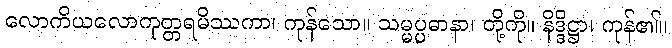
လောကိယလောကုတ္တရမိဿကာ၊ ကုန်သော။ သမ္မပ္ပဓာနာ၊ တို့ကို။ နိဒ္ဒိဋ္ဌာ၊ ကုန်၏။